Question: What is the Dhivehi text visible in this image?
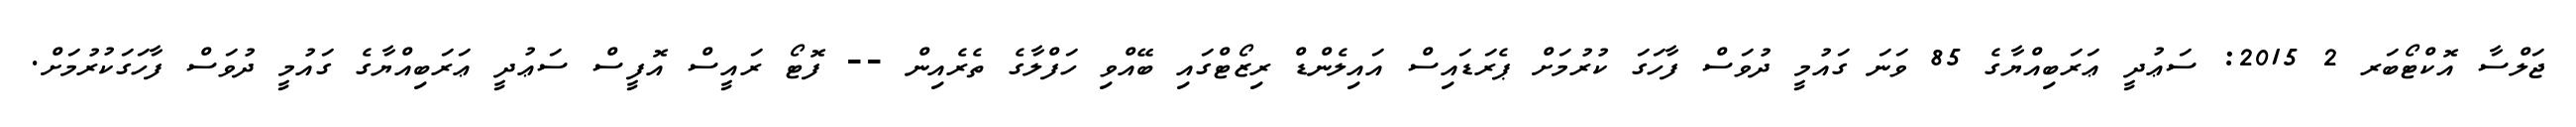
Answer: ޖަލްސާ އޮކްޓޯބަރ 2 2015: ސަޢުދީ ޢަރަބިއްޔާގެ 85 ވަނަ ގައުމީ ދުވަސް ފާހަގަ ކުރުމަށް ޕެރަޑައިސް އައިލެންޑް ރިޒޯޓްގައި ބޭއްވި ހަފްލާގެ ތެރެއިން -- ފޮޓޯ ރައީސް އޮފީސް ސަޢުދީ ޢަރަބިއްޔާގެ ގައުމީ ދުވަސް ފާހަގަކުރުމަށް.